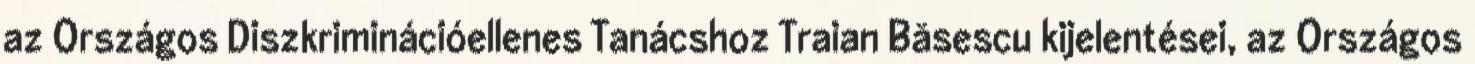
az Országos Diszkriminációellenes Tanácshoz Traian Băsescu kijelentései, az Országos